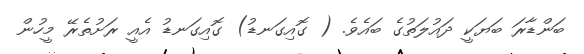
ބަންޑާރަ ބަޔަކީ ދައުލަތުގެ ބައެވެ. ( ގޮއިގަނޑު) ގޮއިގަނޑު އެއީ ރަށުތެރޭ މީހުން